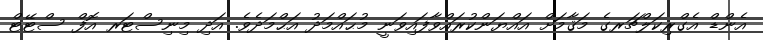
އެންޑް އެގްރިކަލްޗަރގެ މަޤާމަށް އައްޔަންކުރައްވާފައިވަނީ މުޙައްމަދު އަޙްމަދެވެ. އަދި މިނިސްޓަރ އޮފް ސްޓޭޓް